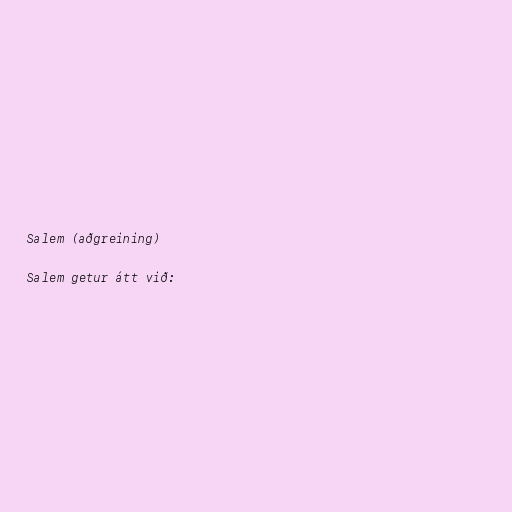
Salem (aðgreining)

Salem getur átt við: